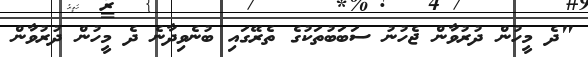
"ދެ މީހުން ދުރުވާން ޖެހުނު ސަބަބުތަކުގެ ތެރޭގައި ބުނެވިދާނެ ދެ މީހުން ދުރުވާން